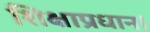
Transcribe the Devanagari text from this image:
शिक्षाप्रधान।